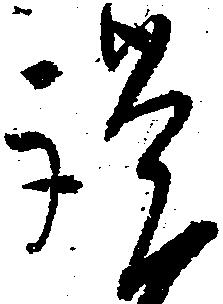
謹